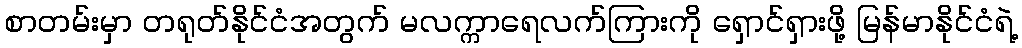
စာတမ်းမှာ တရုတ်နိုင်ငံအတွက် မလက္ကာရေလက်ကြားကို ရှောင်ရှားဖို့ မြန်မာနိုင်ငံရဲ့